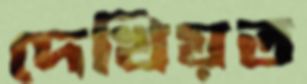
দেখিয়ত